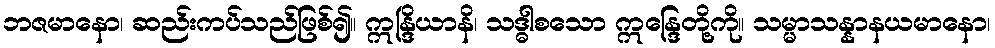
ဘဇမာနော၊ ဆည်းကပ်သည်ဖြစ်၍။ ဣန္ဒြိယာနိ၊ သဒ္ဓါစသော ဣန္ဒြေတို့ကို။ သမ္မာသန္နာနယမာနော၊